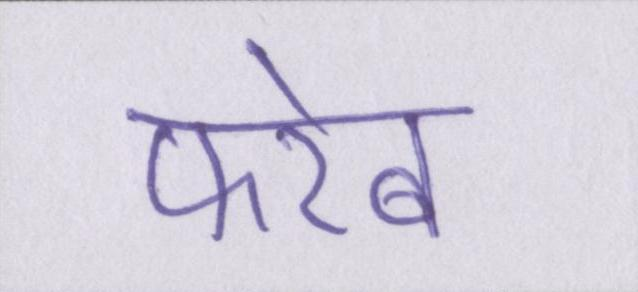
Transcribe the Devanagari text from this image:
फरेब